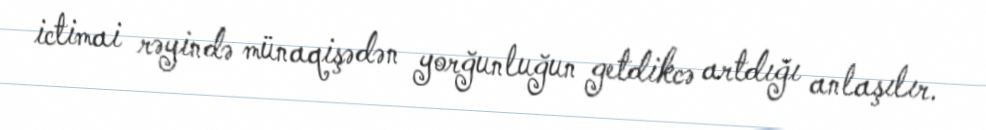
ictimai rəyində münaqişədən yorğunluğun getdikcə artdığı anlaşılır.